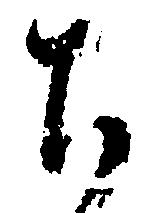
ち